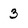
Character: 3